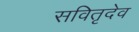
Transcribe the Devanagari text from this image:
सवितृदेव